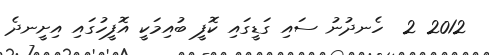
2012 2  ހެނދުނު ސައި ގަޑީގައި ކޮފީ ބުއިމަކީ އޮފީހުގައި އިށީނދެ